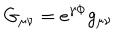
LaTeX: G _ { \mu \nu } = e ^ { \gamma \Phi } g _ { \mu \nu }